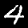
Digit: 4